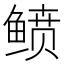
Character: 鲼